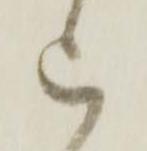
被